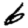
Digit: 6